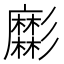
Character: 𢒹